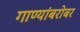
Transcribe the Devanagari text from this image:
गाण्यांबरोबर